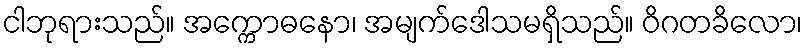
ငါဘုရားသည်။ အက္ကောဓနော၊ အမျက်ဒေါသမရှိသည်။ ဝိဂတခိလော၊